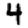
Digit: 4